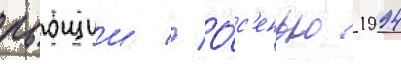
бьющии // О́с'енью 1994